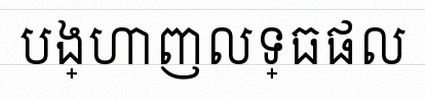
បង្ហាញលទ្ធផល